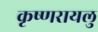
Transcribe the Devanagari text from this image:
कृष्णरायलु